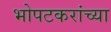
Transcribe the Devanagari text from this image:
भोपटकरांच्या